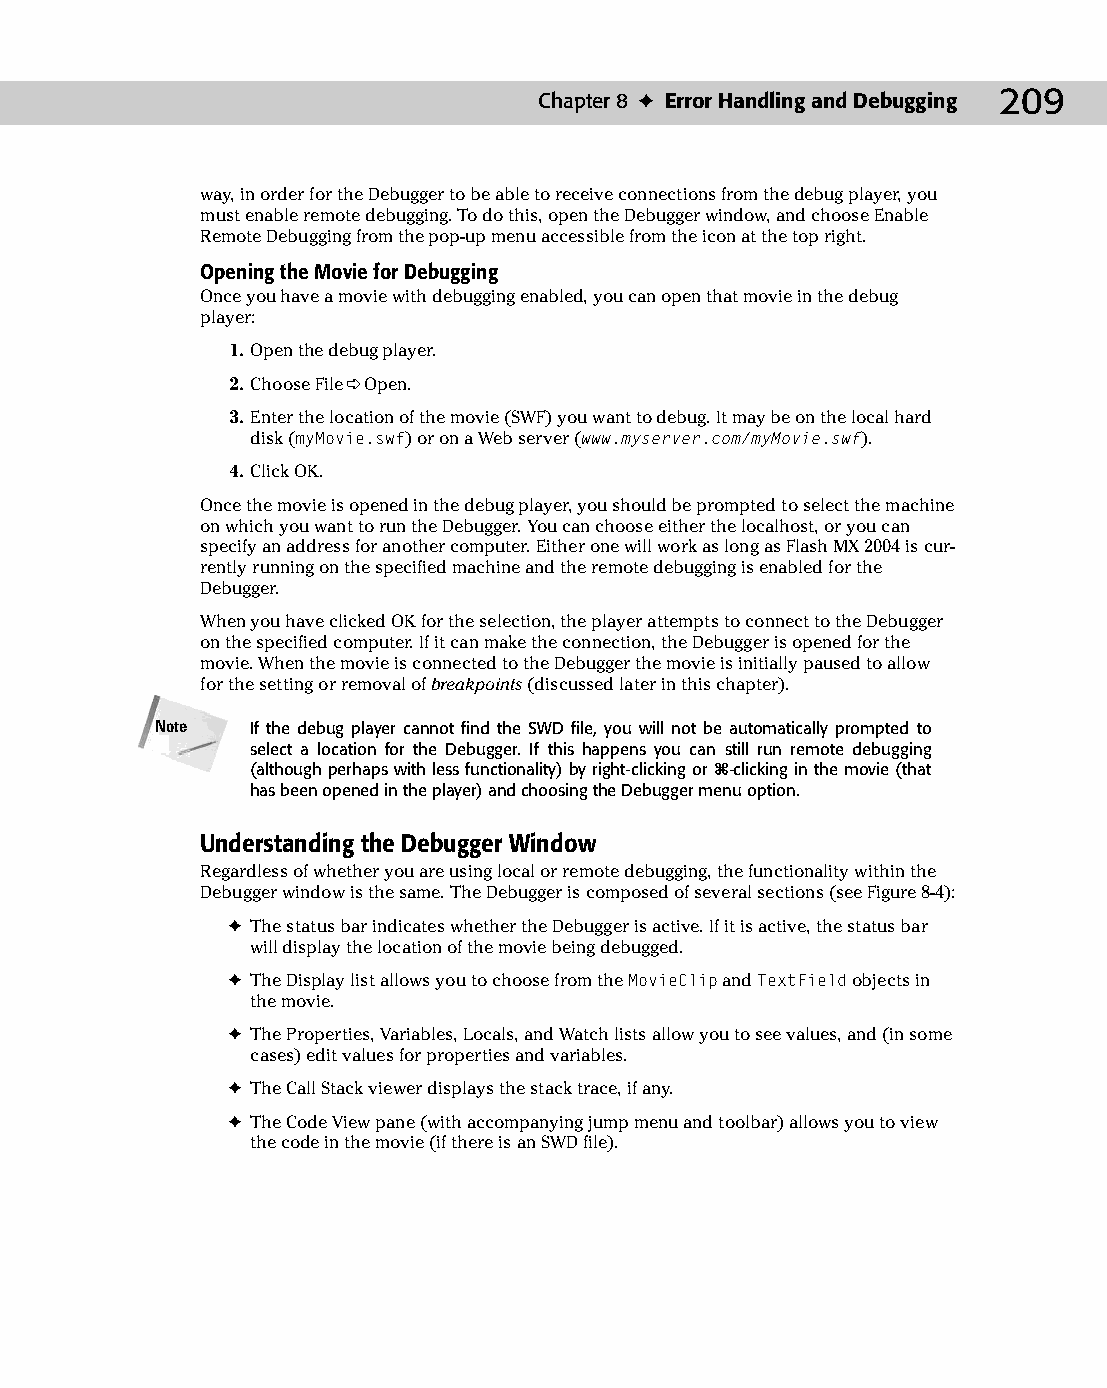
11 543547 ch08.qxd 3/24/04 3:49 PM Page 209
 Chapter 8 ✦ Error Handling and Debugging 209
 way, in order for the Debugger to be able to receive connections from the debug player, you
 must enable remote debugging. To do this, open the Debugger window, and choose Enable
 Remote Debugging from the pop-up menu accessible from the icon at the top right.
 Opening the Movie for Debugging
 Once you have a movie with debugging enabled, you can open that movie in the debug
 player:
 1. Open the debug player.
 2. Choose File ➪ Open.
 3. Enter the location of the movie (SWF) you want to debug. It may be on the local hard
 disk (myMovie.swf) or on a Web server (www.myserver.com/myMovie.swf).
 4. Click OK.
 Once the movie is opened in the debug player, you should be prompted to select the machine
 on which you want to run the Debugger. You can choose either the localhost, or you can
 specify an address for another computer. Either one will work as long as Flash MX 2004 is cur­
 rently running on the specified machine and the remote debugging is enabled for the
 Debugger.
 When you have clicked OK for the selection, the player attempts to connect to the Debugger
 on the specified computer. If it can make the connection, the Debugger is opened for the
 movie. When the movie is connected to the Debugger the movie is initially paused to allow
 for the setting or removal of breakpoints (discussed later in this chapter).
 Note   If the debug player cannot find the SWD file, you will not be automatically prompted to
 select a location for the Debugger. If this happens you can still run remote debugging
 (although perhaps with less functionality) by right-clicking or Ô-clicking in the movie (that
 has been opened in the player) and choosing the Debugger menu option.
 Understanding the Debugger Window
 Regardless of whether you are using local or remote debugging, the functionality within the
 Debugger window is the same. The Debugger is composed of several sections (see Figure 8-4):
 ✦ The status bar indicates whether the Debugger is active. If it is active, the status bar
 will display the location of the movie being debugged.
 ✦ The Display list allows you to choose from the MovieClip and TextField objects in
 the movie.
 ✦ The Properties, Variables, Locals, and Watch lists allow you to see values, and (in some
 cases) edit values for properties and variables.
 ✦ The Call Stack viewer displays the stack trace, if any.
 ✦ The Code View pane (with accompanying jump menu and toolbar) allows you to view
 the code in the movie (if there is an SWD file).